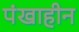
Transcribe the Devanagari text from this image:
पंखाहीन